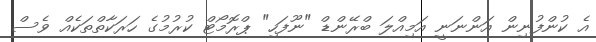
އެ ކުންފުނިން އަންނަނީ އަމިއްލަ ބްރޭންޑް "ނޫފަހި" ޕްރޮމޯޓް ކުރުމުގެ ހަރަކާތްތަކެއް ވެސް